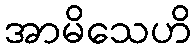
အာမိသေဟိ